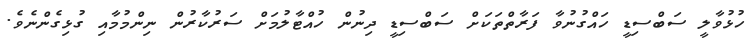
ހުޅުވާލީ ސަބްސިޑީ ހައްގުނުވާ ފަރާތްތަކަށް ސަބްސިޑީ ދިނުން ހުއްޓާލުމަށް ސަރުކާރުން ނިންމުމާއި ގުޅިގެންނެވެ.